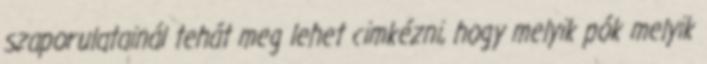
szaporulatainál tehát meg lehet cimkézni, hogy melyik pók melyik